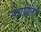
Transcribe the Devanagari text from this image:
स्‍वाहिली